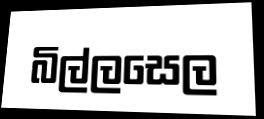
බිල්ලසෙල